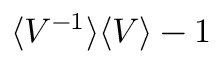
\langle V ^ { - 1 } \rangle \langle V \rangle - 1